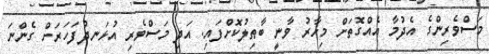
މަސްވެރިންގެ އެދުމާ އެއްގޮތަށް މިހާރު ވާނީ ބާޠިލުކޮށްފައި. އަދި މަސްވެރި އުޅަނދުފަހަރަށް ގެންނަ